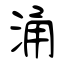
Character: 涌